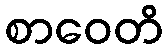
စာဝေတိ